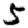
Digit: 5